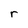
Character: r